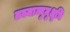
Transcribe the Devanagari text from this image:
तस्मान्मुमुक्षुभि